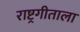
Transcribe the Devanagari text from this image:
राष्ट्रगीताला